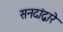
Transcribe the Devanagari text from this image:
सनदांद्वारे